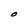
Character: O